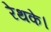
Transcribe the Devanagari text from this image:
रेथके।